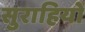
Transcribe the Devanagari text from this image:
सुराहियों